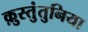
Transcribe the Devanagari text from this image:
क़ुस्तुंतुनिया